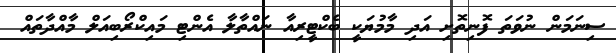
ސިނަމަން ނުވަތަ ފޮނިތޮށި އަދި މާމުޔަކީ ބެކްޓީރިއާ ނައްތާލާ އެންޓި މައިކްރޯބިއަލް މާއްދާތައް